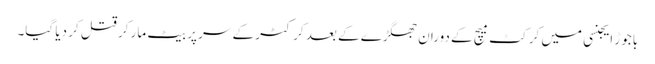
باجوڑ ایجنسی میں کرکٹ میچ کے دوران جھگڑے کے بعد کرکٹر کے سر پر بیٹ مار کر قتل کر دیا گیا۔